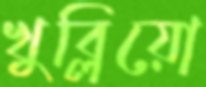
খুব্‌লিয়ো